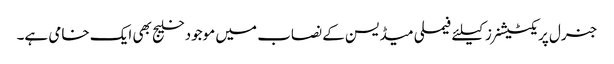
جنرل پریکٹیشنرز کیلئے فیملی میڈیسن کے نصاب میں موجود خلیج بھی ایک خامی ہے۔